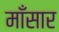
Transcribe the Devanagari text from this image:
माँसार